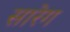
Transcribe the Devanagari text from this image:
सारेग